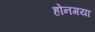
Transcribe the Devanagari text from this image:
होनगया